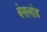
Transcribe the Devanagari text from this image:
बेसलोड